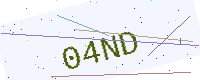
Text: 04ND